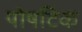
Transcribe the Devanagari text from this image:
पोषटिक